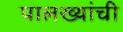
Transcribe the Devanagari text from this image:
पालख्यांची